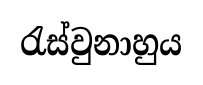
රැස්වුනාහුය